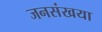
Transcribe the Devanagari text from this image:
जनसंखया